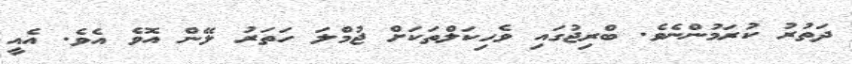
ދަތުރު ކުރަމުންނެވެ. ބްރިޖުގައި ވެހިކަލްތަކަށް ޖުމްލަ ހަތަރު ލޭން އޮވެ އެވެ. އެއީ